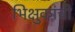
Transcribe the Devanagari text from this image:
भिक्षुकांची